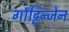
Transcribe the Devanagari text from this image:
गॉट्टिन्जेन